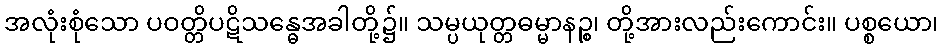
အလုံးစုံသော ပဝတ္တိပဋိသန္ဓေအခါတို့၌။ သမ္ပယုတ္တဓမ္မာနဉ္စ၊ တို့အားလည်းကောင်း။ ပစ္စယော၊